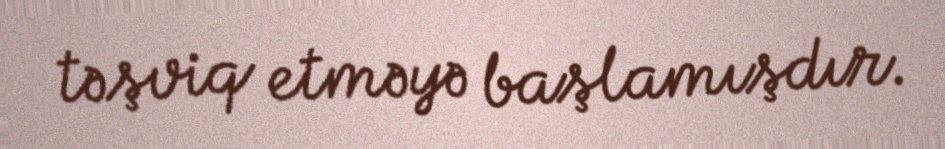
təşviq etməyə başlamışdır.